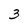
Character: 3